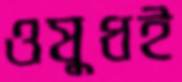
ওষুধই